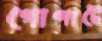
গোপাটে